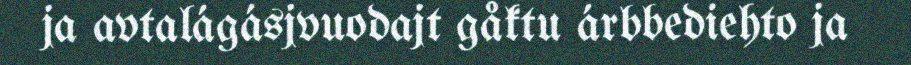
ja avtalágásjvuodajt gåktu árbbediehto ja